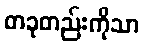
တခုတည်းကိုသာ